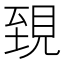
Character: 𧠫